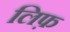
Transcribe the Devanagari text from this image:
लिफ़